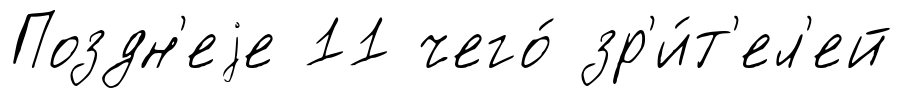
Поздн'еjе 11 чего́ зр'и́т'ел'ей